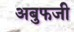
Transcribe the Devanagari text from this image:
अबुफजी